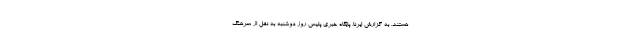
هستند. به گزارش ایرنا، پایگاه خبری پلیس روز دوشنبه به نقل از سرهنگ